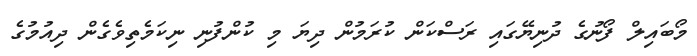
މޯބައިލް ފޯނުގެ ދުނިޔޭގައި ރަސްކަން ކުރަމުން ދިޔަ މި ކުންފުނި ނިކަމެތިވެގެން ދިއުމުގެ